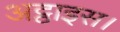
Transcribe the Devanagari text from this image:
अट्ठाइस।